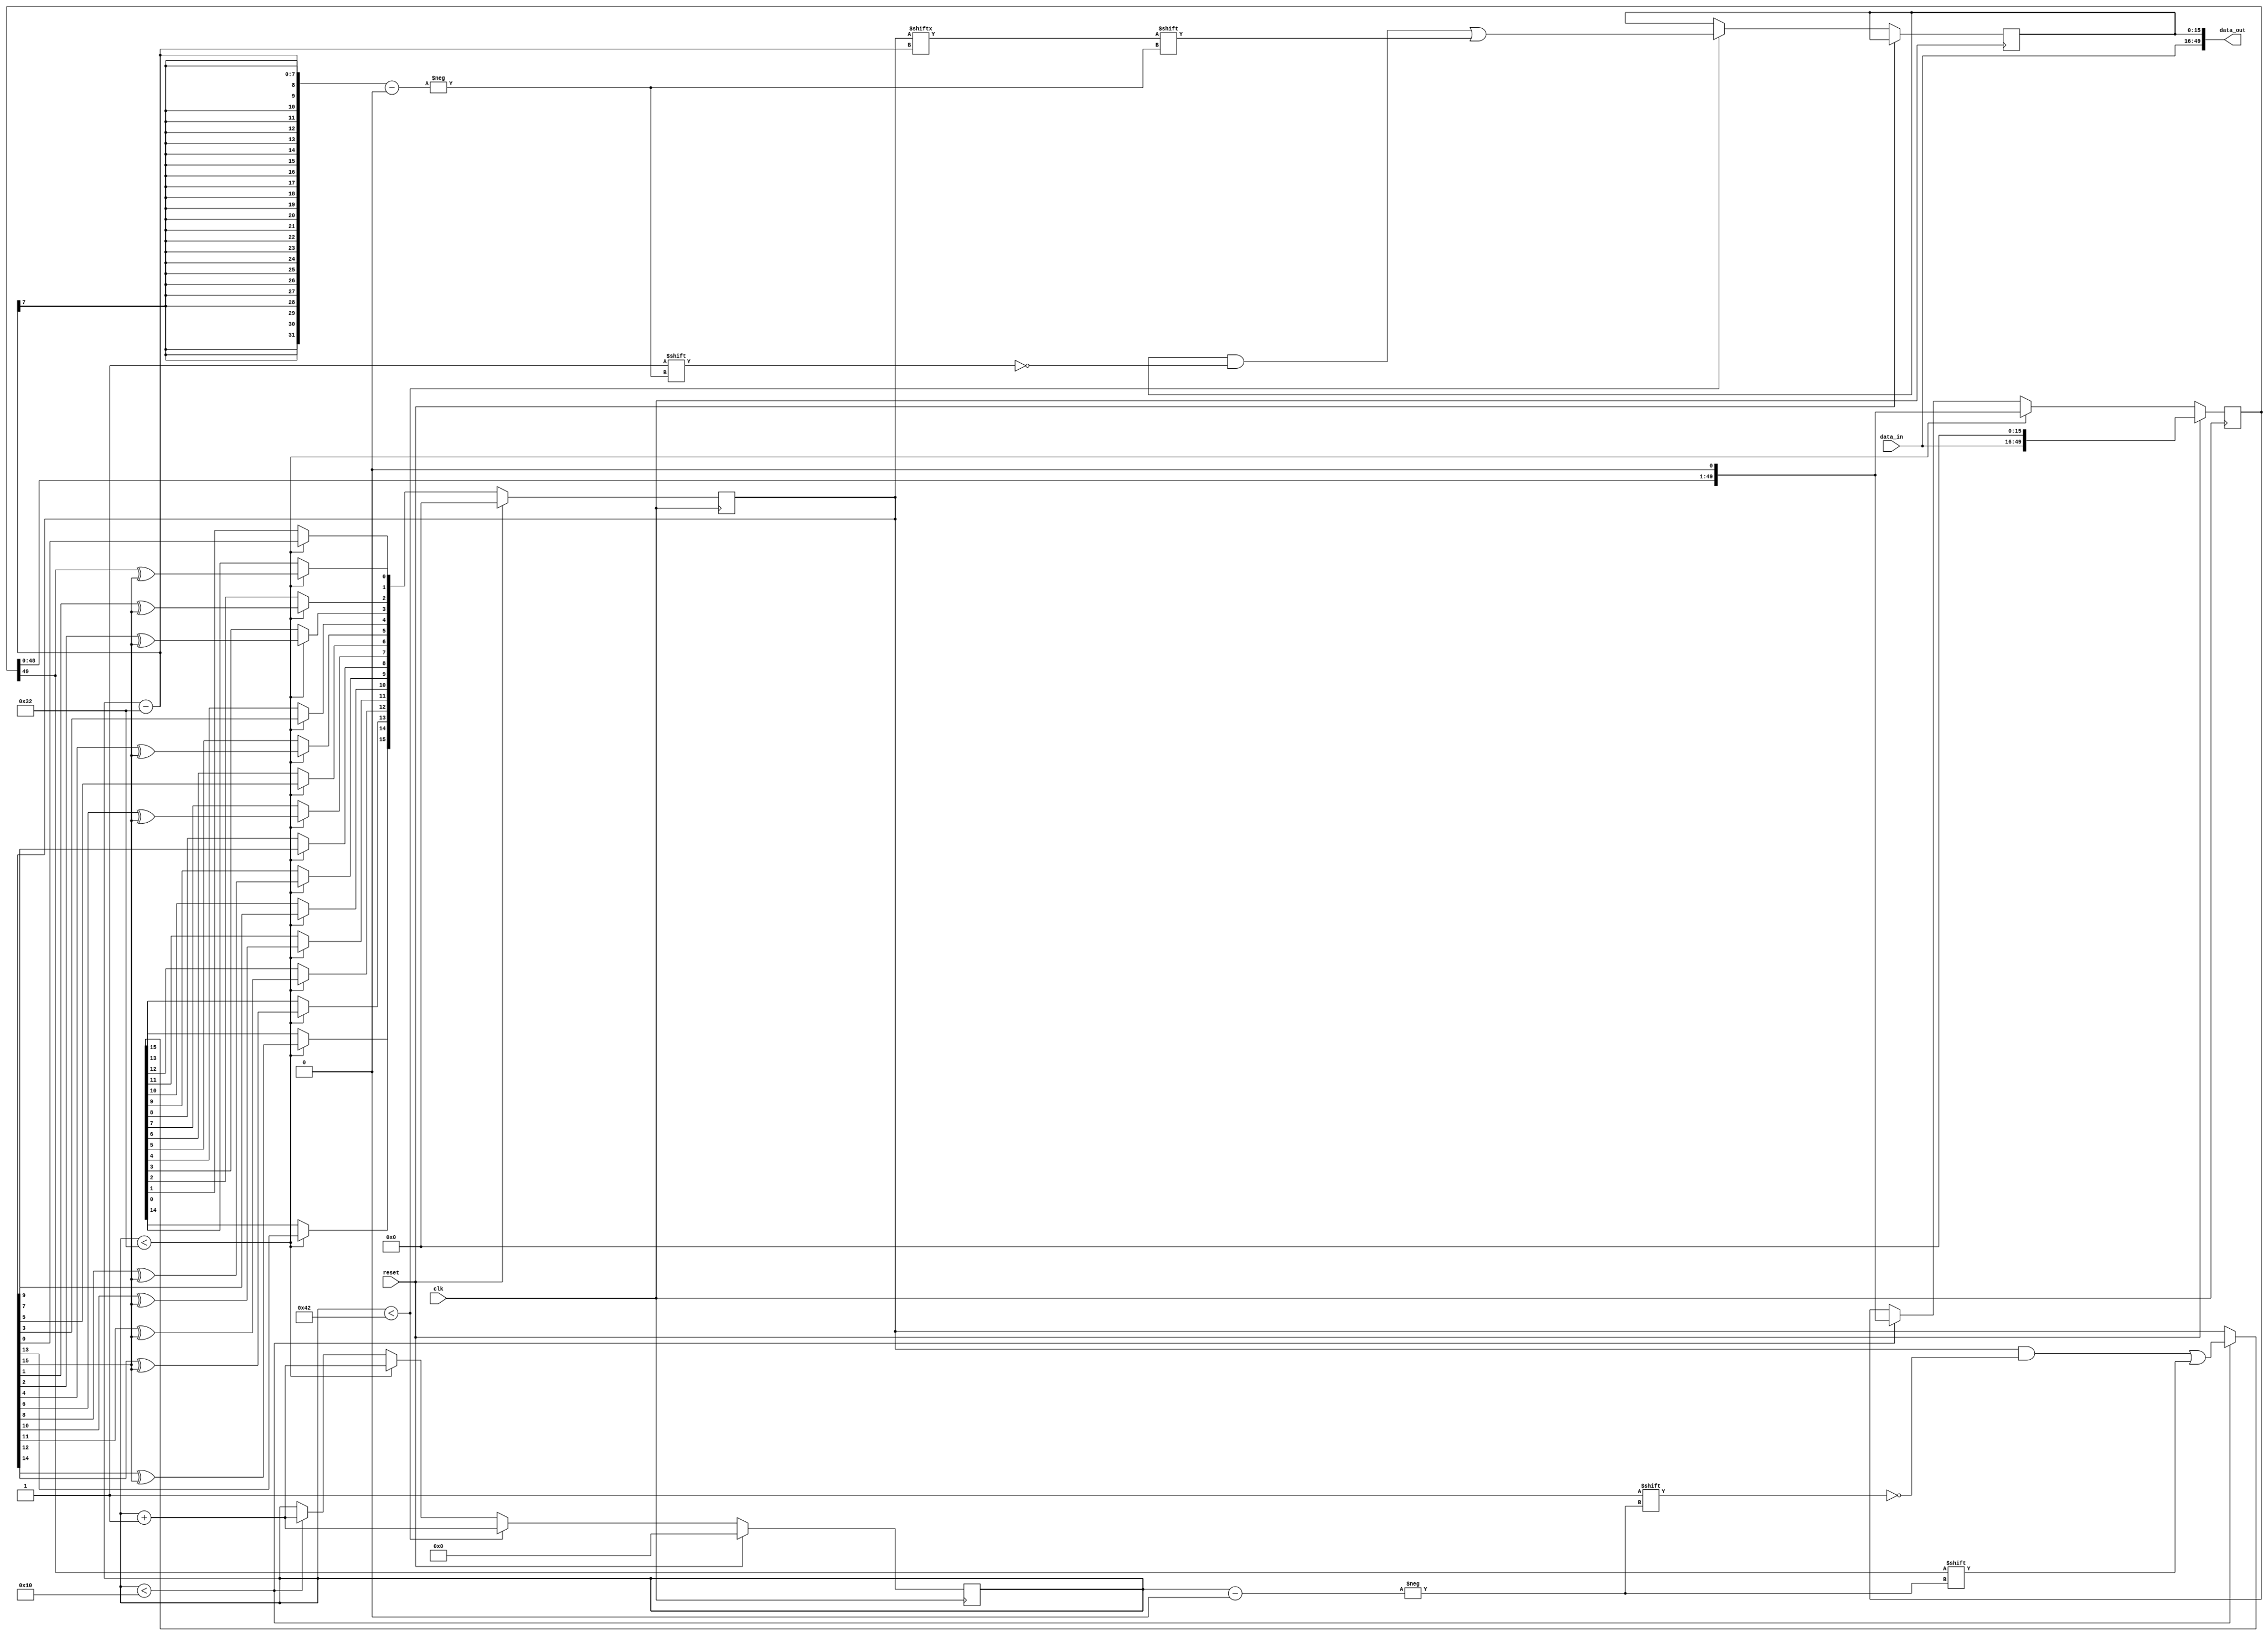
`timescale 1ns / 1ps
//////////////////////////////////////////////////////////////////////////////////
// Company: 
// Engineer: 
// 
// Design Name: 
// Module Name:    Series 
// Project Name: 
// Target Devices: 
// Tool versions: 
// Description: 
//
// Dependencies: 
//
// Revision: 
// Revision 0.01 - File Created
// Additional Comments: 
//
//////////////////////////////////////////////////////////////////////////////////
module Series(clk,reset,data_in,data_out);
input clk,reset;
input [33:0]data_in;

output [49:0]data_out;

reg [15:0]lfsr;
reg [6:0]count;

reg [49:0]data;
reg [15:0]crc;

reg [15:0]crc_feed;

initial crc = 16'b0000_0000_0000_0000;
initial crc_feed = 16'b0000_0000_0000_0000;
initial count = 7'b0000000;

always @ (posedge clk)
if (reset) 
   begin
     data <= {data_in,crc};
     lfsr <= 16'b0000_0000_0000_0000;
     count <= 7'b0000000;
   end 
else 
   begin  
         if (count < 16) 
           begin
			    data <= {data[48:0], 1'b0};
             lfsr[count] <= data[49];
             count <= count + 7'b0000001;
           end
			if (count <50)
           begin
			    data <= {data[48:0], 1'b0};
				 
             lfsr[0]  <= data[49] ^ lfsr[15];
             lfsr[1]  <= lfsr[0];
             lfsr[2]  <= lfsr[1] ^ lfsr[15];
             lfsr[3]  <= lfsr[2] ^ lfsr[15];
             lfsr[4]  <= lfsr[3];
             lfsr[5]  <= lfsr[4] ^ lfsr[15];
             lfsr[6]  <= lfsr[5];
             lfsr[7]  <= lfsr[6] ^ lfsr[15];
             lfsr[8]  <= lfsr[7];
             lfsr[9]  <= lfsr[8] ^ lfsr[15];
             lfsr[10] <= lfsr[9];
             lfsr[11] <= lfsr[10] ^ lfsr[15];
             lfsr[12] <= lfsr[11] ^ lfsr[15];
             lfsr[13] <= lfsr[12] ^ lfsr[15];
             lfsr[14] <= lfsr[13];
             lfsr[15] <= lfsr[14] ^ lfsr[15];
		  
		       count <= count+ 7'b0000001;
           end
			if (count<66)
			  begin
				 crc_feed[count-50]<=lfsr[count-50];
				 count <=count+ 7'b0000001;
			  end
      end
assign data_out = {data_in,crc_feed};
endmodule